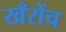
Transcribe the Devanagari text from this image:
खँरोंच